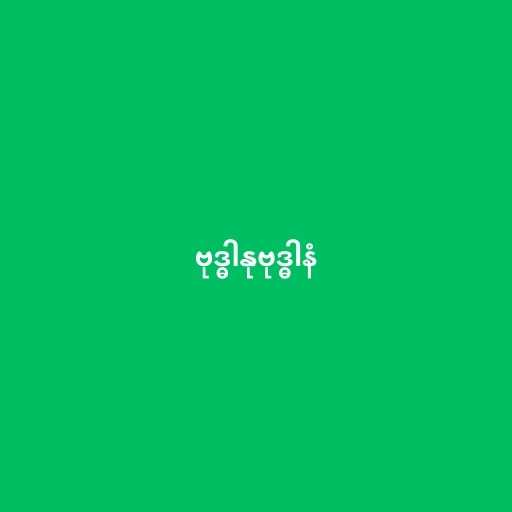
ဗုဒ္ဓါနုဗုဒ္ဓါနံ